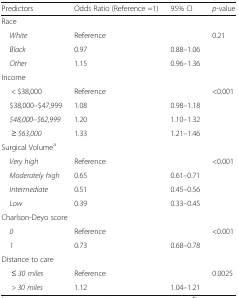
<table><thead><tr><td><b>Predictors</b></td><td><b>Odds Ratio (Reference =1)</b></td><td><b>95% CI</b></td><td><b><i>p</i>-value</b></td></tr></thead><tbody><tr><td colspan="4">Race</td></tr><tr><td> <i>White</i></td><td>Reference</td><td></td><td rowspan="3">0.21</td></tr><tr><td> <i>Black</i></td><td>0.97</td><td>0.88–1.06</td></tr><tr><td> <i>Other</i></td><td>1.15</td><td>0.96–1.36</td></tr><tr><td colspan="4">Income</td></tr><tr><td>&lt; $38,000</td><td>Reference</td><td></td><td rowspan="4">&lt;0.001</td></tr><tr><td> $38,000–$47,999</td><td>1.08</td><td>0.98–1.18</td></tr><tr><td> <i>$48,000–$62,999</i></td><td>1.20</td><td>1.10–1.32</td></tr><tr><td><i>≥ $63,000</i></td><td>1.33</td><td>1.21–1.46</td></tr><tr><td colspan="4">Surgical Volume<sup>a</sup></td></tr><tr><td> <i>Very high</i></td><td>Reference</td><td></td><td rowspan="4">&lt;0.001</td></tr><tr><td> <i>Moderately high</i></td><td>0.65</td><td>0.61–0.71</td></tr><tr><td> <i>Intermediate</i></td><td>0.51</td><td>0.45–0.56</td></tr><tr><td> <i>Low</i></td><td>0.39</td><td>0.33–0.45</td></tr><tr><td colspan="4">Charlson-Deyo score</td></tr><tr><td> <i>0</i></td><td>Reference</td><td></td><td rowspan="2">&lt;0.001</td></tr><tr><td> <i>1</i></td><td>0.73</td><td>0.68–0.78</td></tr><tr><td colspan="4">Distance to care</td></tr><tr><td><i>≤ 30 miles</i></td><td>Reference</td><td></td><td rowspan="2">0.0025</td></tr><tr><td><i>&gt; 30 miles</i></td><td>1.12</td><td>1.04–1.21</td></tr></tbody></table>